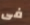
فى